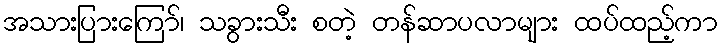
အသားပြားကြော်၊ သခွားသီး စတဲ့ တန်ဆာပလာများ ထပ်ထည့်ကာ